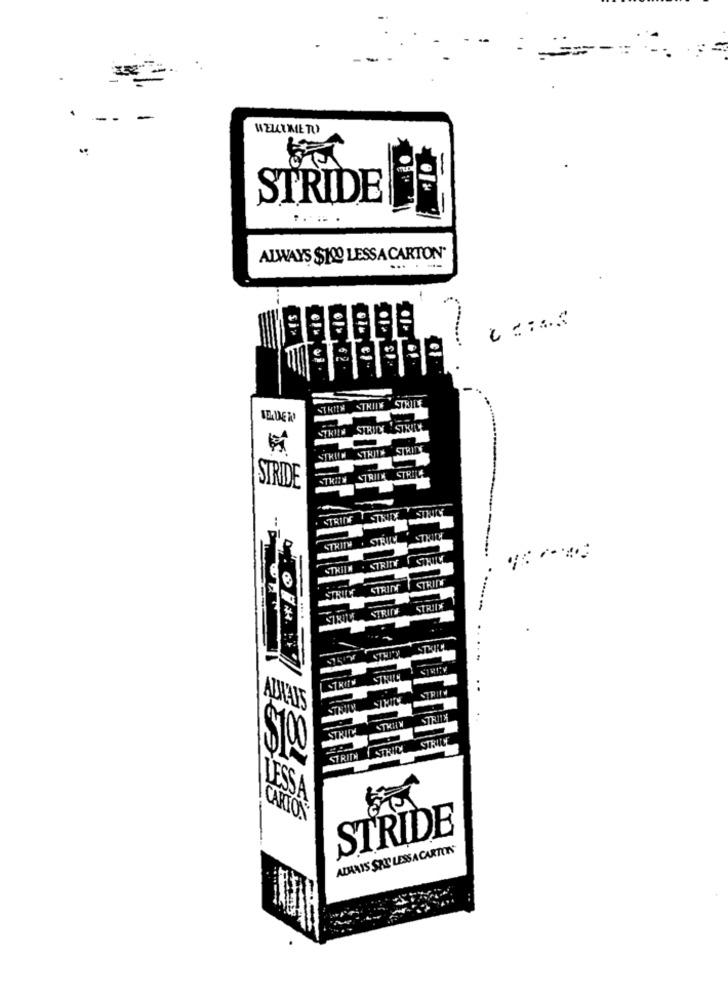
.
WELLUMETU
STRIDE
ALWAYS $100 LESSA CARTON'
STHIEM THINK STILLE
STRUM STHITH STRITS
STRIN TRIIK STRUC
STRIDE
STRIDE
.-
STRITH . SIRIC
THIC
STRIIN . STRITT
STRIM
STRINN
STRIY
STWIE
STREN
AULAS
STRI
STRILA
STRID
STRIIN STRIC
LESSA
CARTON
STRIDE
ALMAIS SAIS LESS A CARTONS